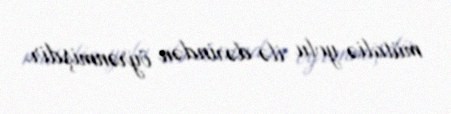
mütaliə yolu ilə dərindən öyrənmişdir.